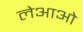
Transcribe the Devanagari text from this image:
लेआओ